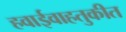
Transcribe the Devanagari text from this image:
हवाईवाहतुकीत